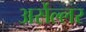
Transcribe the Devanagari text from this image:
अर्सेल्लर